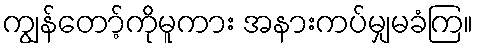
ကျွန်တော့်ကိုမူကား အနားကပ်မျှမခံကြ။